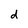
Character: d